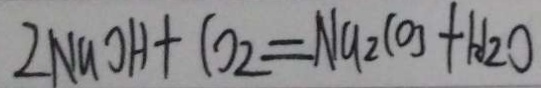
2 N a O H + C O _ { 2 } = N a _ { 2 } C O _ { 3 } + H _ { 2 } O